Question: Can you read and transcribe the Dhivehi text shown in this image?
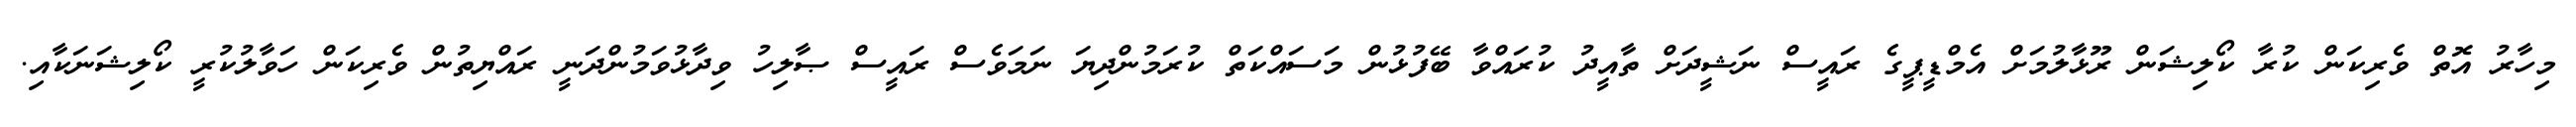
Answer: މިހާރު އޮތް ވެރިކަން ކުރާ ކޯލިޝަން ރޫޅާލުމަށް އެމްޑީޕީގެ ރައީސް ނަޝީދަށް ތާއީދު ކުރައްވާ ބޭފުޅުން މަސައްކަތް ކުރަމުންދިޔަ ނަމަވެސް ރައީސް ޞާލިހު ވިދާޅުވަމުންދަނީ ރައްޔިތުން ވެރިކަން ހަވާލުކުރީ ކޯލިޝަނަކާއި.